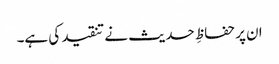
ان پر حفاظِ حدیث نے تنقید کی ہے۔